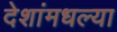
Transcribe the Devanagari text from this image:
देशांमधल्या